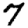
Digit: 7